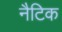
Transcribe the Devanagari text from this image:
नैटिक